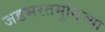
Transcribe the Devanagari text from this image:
जडभरतमुनिच्या